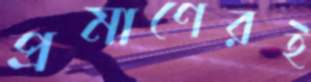
প্রমাণেরই